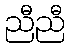
ညီညီ